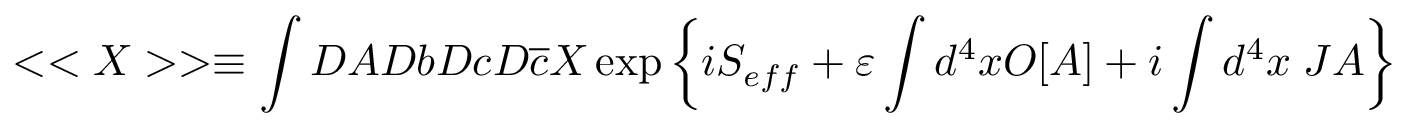
< < X > > \equiv \int D A D b D c D \overline { { { c } } } X \exp \left\{ i S _ { e f f } + \varepsilon \int d ^ { 4 } x O [ A ] + i \int d ^ { 4 } x \; J A \right\}